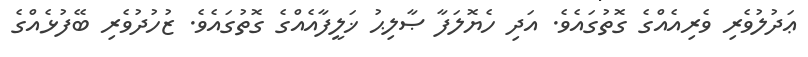
ޢަދުލުވެރި ވެރިއެއްގެ ގޮތުގައެވެ. އަދި ހެޔޮލަފާ ޞާލިޙު ޚަލީފާއެއްގެ ގޮތުގައެވެ. ޒުހުދުވެރި ބޭފުޅެއްގެ